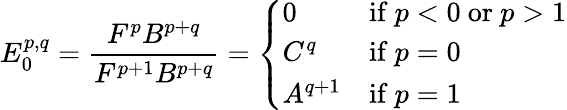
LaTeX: E_{0}^{p,q}={\frac{F^{p}B^{p+q}}{F^{p+1}B^{p+q}}}={\left\{ \begin{array}{ll}{0}&{{\mathrm{if~}}p<0{\mathrm{~or~}}p>1}\\ {C^{q}}&{{\mathrm{if~}}p=0}\\ {A^{q+1}}&{{\mathrm{if~}}p=1}\end{array}\right.}